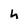
Character: h